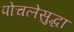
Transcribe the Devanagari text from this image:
पोचलेसुद्धा